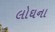
લોઘના